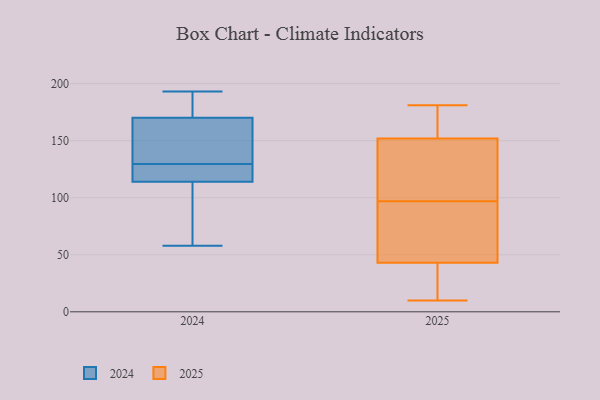
{"axis": {"x": "Demand Index", "y": "Value"}, "legend": ["2024", "2025"], "data": [{"x": "", "y": 193, "type": "2024"}, {"x": "", "y": 86, "type": "2024"}, {"x": "", "y": 132, "type": "2024"}, {"x": "", "y": 120, "type": "2024"}, {"x": "", "y": 134, "type": "2024"}, {"x": "", "y": 70, "type": "2024"}, {"x": "", "y": 74, "type": "2024"}, {"x": "", "y": 181, "type": "2024"}, {"x": "", "y": 114, "type": "2024"}, {"x": "", "y": 170, "type": "2024"}, {"x": "", "y": 146, "type": "2024"}, {"x": "", "y": 123, "type": "2024"}, {"x": "", "y": 125, "type": "2024"}, {"x": "", "y": 58, "type": "2024"}, {"x": "", "y": 193, "type": "2024"}, {"x": "", "y": 154, "type": "2024"}, {"x": "", "y": 189, "type": "2024"}, {"x": "", "y": 127, "type": "2024"}, {"x": "", "y": 60, "type": "2025"}, {"x": "", "y": 107, "type": "2025"}, {"x": "", "y": 128, "type": "2025"}, {"x": "", "y": 69, "type": "2025"}, {"x": "", "y": 149, "type": "2025"}, {"x": "", "y": 141, "type": "2025"}, {"x": "", "y": 18, "type": "2025"}, {"x": "", "y": 37, "type": "2025"}, {"x": "", "y": 43, "type": "2025"}, {"x": "", "y": 159, "type": "2025"}, {"x": "", "y": 75, "type": "2025"}, {"x": "", "y": 173, "type": "2025"}, {"x": "", "y": 35, "type": "2025"}, {"x": "", "y": 152, "type": "2025"}, {"x": "", "y": 152, "type": "2025"}, {"x": "", "y": 87, "type": "2025"}, {"x": "", "y": 10, "type": "2025"}, {"x": "", "y": 181, "type": "2025"}]}